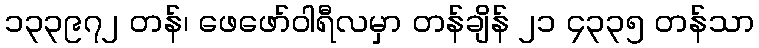
၁၃၃၉၇၂ တန်၊ ဖေဖော်ဝါရီလမှာ တန်ချိန် ၂၁ ၄၃၃၅ တန်သာ